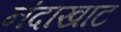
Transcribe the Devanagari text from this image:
नंदाखाट